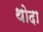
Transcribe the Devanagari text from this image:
थोदा